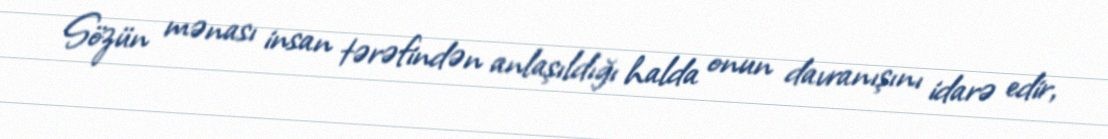
Sözün mənası insan tərəfindən anlaşıldığı halda onun davranışını idarə edir,